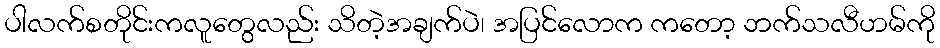
ပါလက်စတိုင်းကလူတွေလည်း သိတဲ့အချက်ပဲ၊ အပြင်လောက ကတော့ ဘက်သလီဟမ်ကို